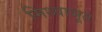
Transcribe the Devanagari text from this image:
मिथ्याभूत